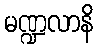
မဏ္ဍလာနိ